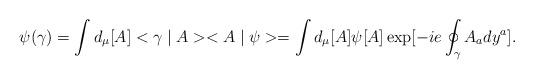
LaTeX: \begin{align*}\psi (\gamma) = \int d_\mu [A] <\gamma \mid A> <A \mid \psi>= \int d_\mu [A] \psi [A] \exp [- i e \oint_{\gamma} A_a dy^a] .\end{align*}